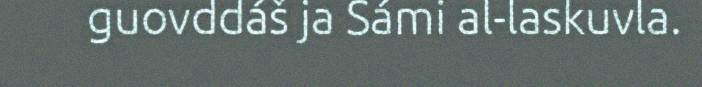
guovddáš ja Sámi al-laskuvla.